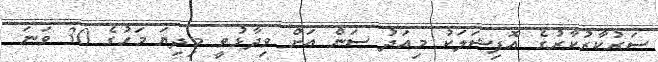
ސަރުކާރުކާރުގެ އޮފިޝަލަކު މިއަދު ސަން އަށް ވިދާޅުވީ މިދިޔަ މަހުގެ 30 ވަނަ